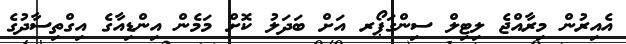
އެއިރުން މިރާއްޖެ ލިޓިލް ސިންގަޕޯރ އަށް ބަދަލު ކޮށް މަމެން އިންޑިއާގެ އިގްތިސާދުގެ